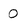
Character: 0